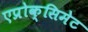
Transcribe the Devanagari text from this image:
एप्रोक्सिमेट